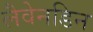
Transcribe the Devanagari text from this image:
लैवेनडिन